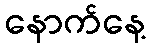
နောက်နေ့